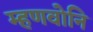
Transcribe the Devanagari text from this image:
म्हणवोनि